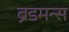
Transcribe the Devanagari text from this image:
ब्रॅडमन्स